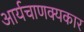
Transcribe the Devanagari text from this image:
आर्यचाणक्यकार